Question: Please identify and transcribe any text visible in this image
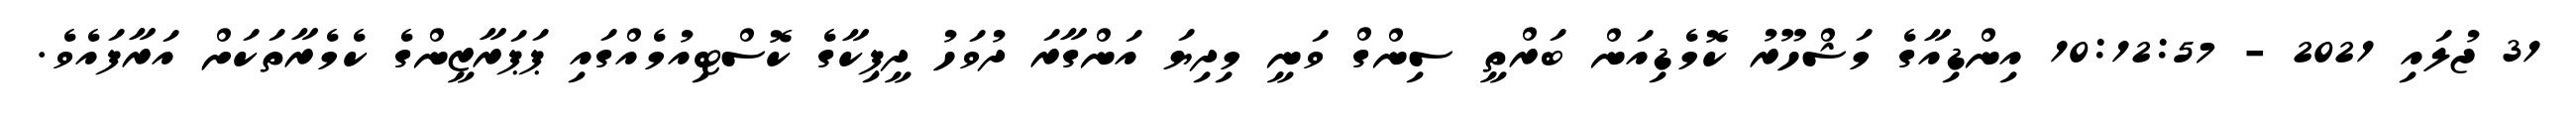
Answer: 31 ޖުލައި 2021 - 10:12:57 އިންޑިއާގެ މަޝްހޫރު ކޮމެޑިއަން ބަރްތީ ސިންގް ވަނީ މިދިޔަ އަންގާރަ ދުވަހު ދީޕިކާގެ ކޮސްޓިއުމެއްގައި ޕަޕަރާޒީންގެ ކެމެރާތަކަށް އަރާފައެވެ.